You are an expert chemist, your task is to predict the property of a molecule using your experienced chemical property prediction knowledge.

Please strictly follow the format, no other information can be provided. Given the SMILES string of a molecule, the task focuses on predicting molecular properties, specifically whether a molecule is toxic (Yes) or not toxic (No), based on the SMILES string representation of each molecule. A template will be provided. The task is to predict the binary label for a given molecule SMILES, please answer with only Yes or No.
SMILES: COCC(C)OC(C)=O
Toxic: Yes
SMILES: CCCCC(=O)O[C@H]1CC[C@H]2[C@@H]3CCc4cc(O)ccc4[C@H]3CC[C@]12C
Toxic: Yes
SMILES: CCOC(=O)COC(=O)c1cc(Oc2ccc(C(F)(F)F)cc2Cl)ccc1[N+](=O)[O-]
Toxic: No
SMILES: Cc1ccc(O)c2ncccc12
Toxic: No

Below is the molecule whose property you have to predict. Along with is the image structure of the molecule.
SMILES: N#CCN(CC#N)CCN(CC#N)CC#N
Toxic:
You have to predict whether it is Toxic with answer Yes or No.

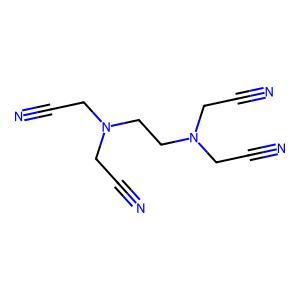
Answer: No